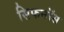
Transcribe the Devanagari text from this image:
सिफनॉस